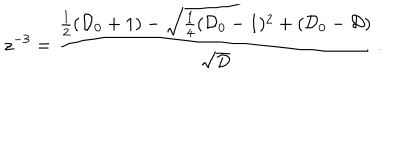
z ^ { - 3 } = { \frac { { \frac { 1 } { 2 } } ( { \cal D } _ { 0 } + 1 ) - \sqrt { { \frac { 1 } { 4 } } ( { \cal D } _ { 0 } - 1 ) ^ { 2 } + ( { \cal D } _ { 0 } - { \cal D } ) } } { \sqrt { \cal D } } } \, .